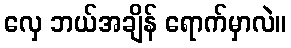
လှေ ဘယ်အချိန် ရောက်မှာလဲ။